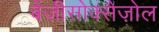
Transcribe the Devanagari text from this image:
बेंज़ीसोक्सैज़ोल